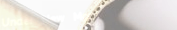
Under New Mgmt